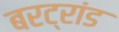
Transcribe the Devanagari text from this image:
बरट्रांड